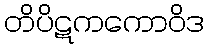
တိပိဋကကောဝိဒ